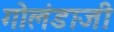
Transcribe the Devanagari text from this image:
गोलंडाजी